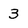
Character: 3